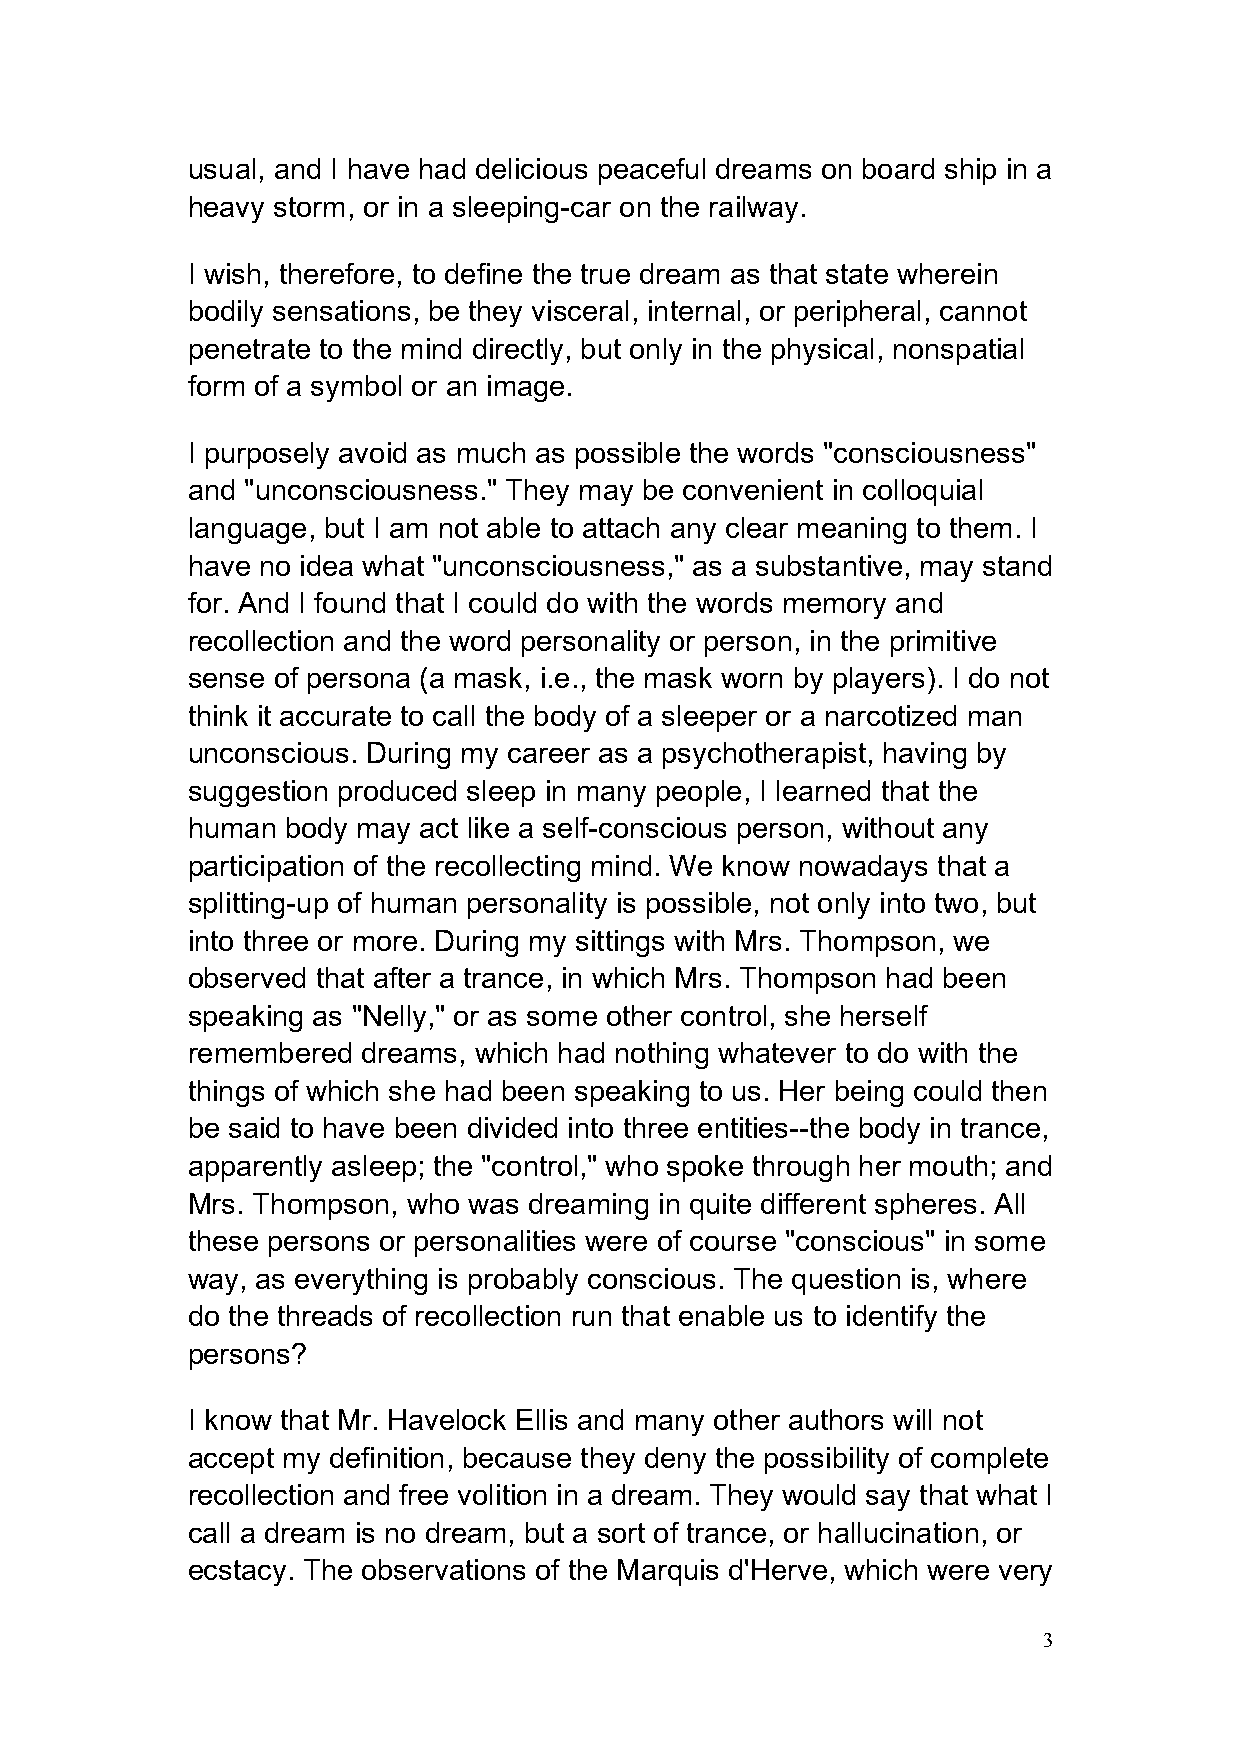
usual, and I have had delicious peaceful dreams on board ship in a
 heavy storm, or in a sleeping-car on the railway.
 I wish, therefore, to define the true dream as that state wherein
 bodily sensations, be they visceral, internal, or peripheral, cannot
 penetrate to the mind directly, but only in the physical, nonspatial
 form of a symbol or an image.
 I purposely avoid as much as possible the words "consciousness"
 and "unconsciousness." They may be convenient in colloquial
 language, but I am not able to attach any clear meaning to them. I
 have no idea what "unconsciousness," as a substantive, may stand
 for. And I found that I could do with the words memory and
 recollection and the word personality or person, in the primitive
 sense of persona (a mask, i.e., the mask worn by players). I do not
 think it accurate to call the body of a sleeper or a narcotized man
 unconscious. During my career as a psychotherapist, having by
 suggestion produced sleep in many people, I learned that the
 human  body may act like a self-conscious person, without any
 participation of the recollecting mind. We know nowadays that a
 splitting-up of human personality is possible, not only into two, but
 into three or more. During my sittings with Mrs. Thompson, we
 observed that after a trance, in which Mrs. Thompson had been
 speaking as "Nelly," or as some other control, she herself
 remembered  dreams, which had nothing whatever to do with the
 things of which she had been speaking to us. Her being could then
 be said to have been divided into three entities--the body in trance,
 apparently asleep; the "control," who spoke through her mouth; and
 Mrs. Thompson, who was dreaming in quite different spheres. All
 these persons or personalities were of course "conscious" in some
 way, as everything is probably conscious. The question is, where
 do the threads of recollection run that enable us to identify the
 persons?
 I know that Mr. Havelock Ellis and many other authors will not
 accept my definition, because they deny the possibility of complete
 recollection and free volition in a dream. They would say that what I
 call a dream is no dream, but a sort of trance, or hallucination, or
 ecstacy. The observations of the Marquis d'Herve, which were very
 3